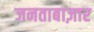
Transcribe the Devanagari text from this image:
जनताबाज़ार